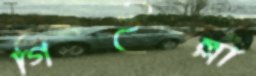
গিইল্লা